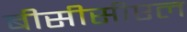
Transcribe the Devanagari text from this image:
बीसीसीएल